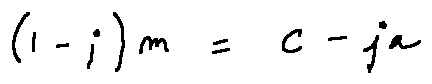
( 1 - j ) m = c - j a